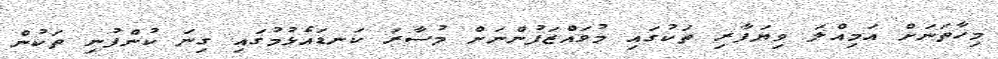
މިހާތަނަށް އަމިއްލަ ވިޔަފާރި ތަކުގައި މުވައްޒަފުންނަށް މުސާރަ ކަނޑައެޅުމުގައި ގިނަ ކުންފުނި ތަކުން